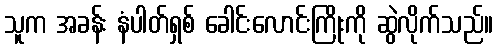
သူက အခန်း နံပါတ်ရှစ် ခေါင်းလောင်းကြိုးကို ဆွဲလိုက်သည်။